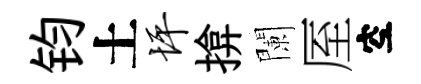
钧土坪揜闌厔空